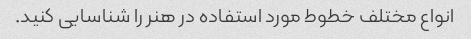
انواع مختلف خطوط مورد استفاده در هنر را شناسایی کنید.